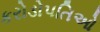
કરોડોપતિઓ